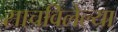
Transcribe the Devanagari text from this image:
साचविलेल्या